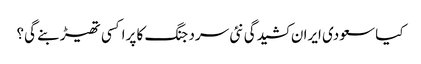
کیا سعودی ایران کشیدگی نئی سرد جنگ کا پراکسی تھیڑ بنے گی؟